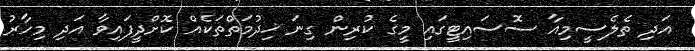
އަދި ތެލެސީމިއާ ސޮސައިޓީގައި މީގެ ކުރިން ގިނަ ޚިދުމަތްތަކެއް ކޮށްދީފައިވާ އަދި މިހާރު